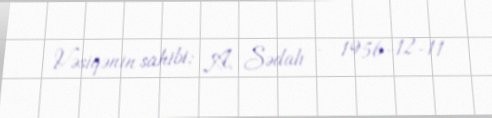
Vəsiqənin sahibi: A. Sədalı - 1956-12-11